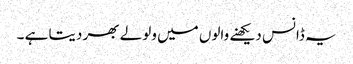
یہ ڈانس دیکھنے والوں میں ولولے بھر دیتا ہے ۔